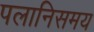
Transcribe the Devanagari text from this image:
पलानिसमय